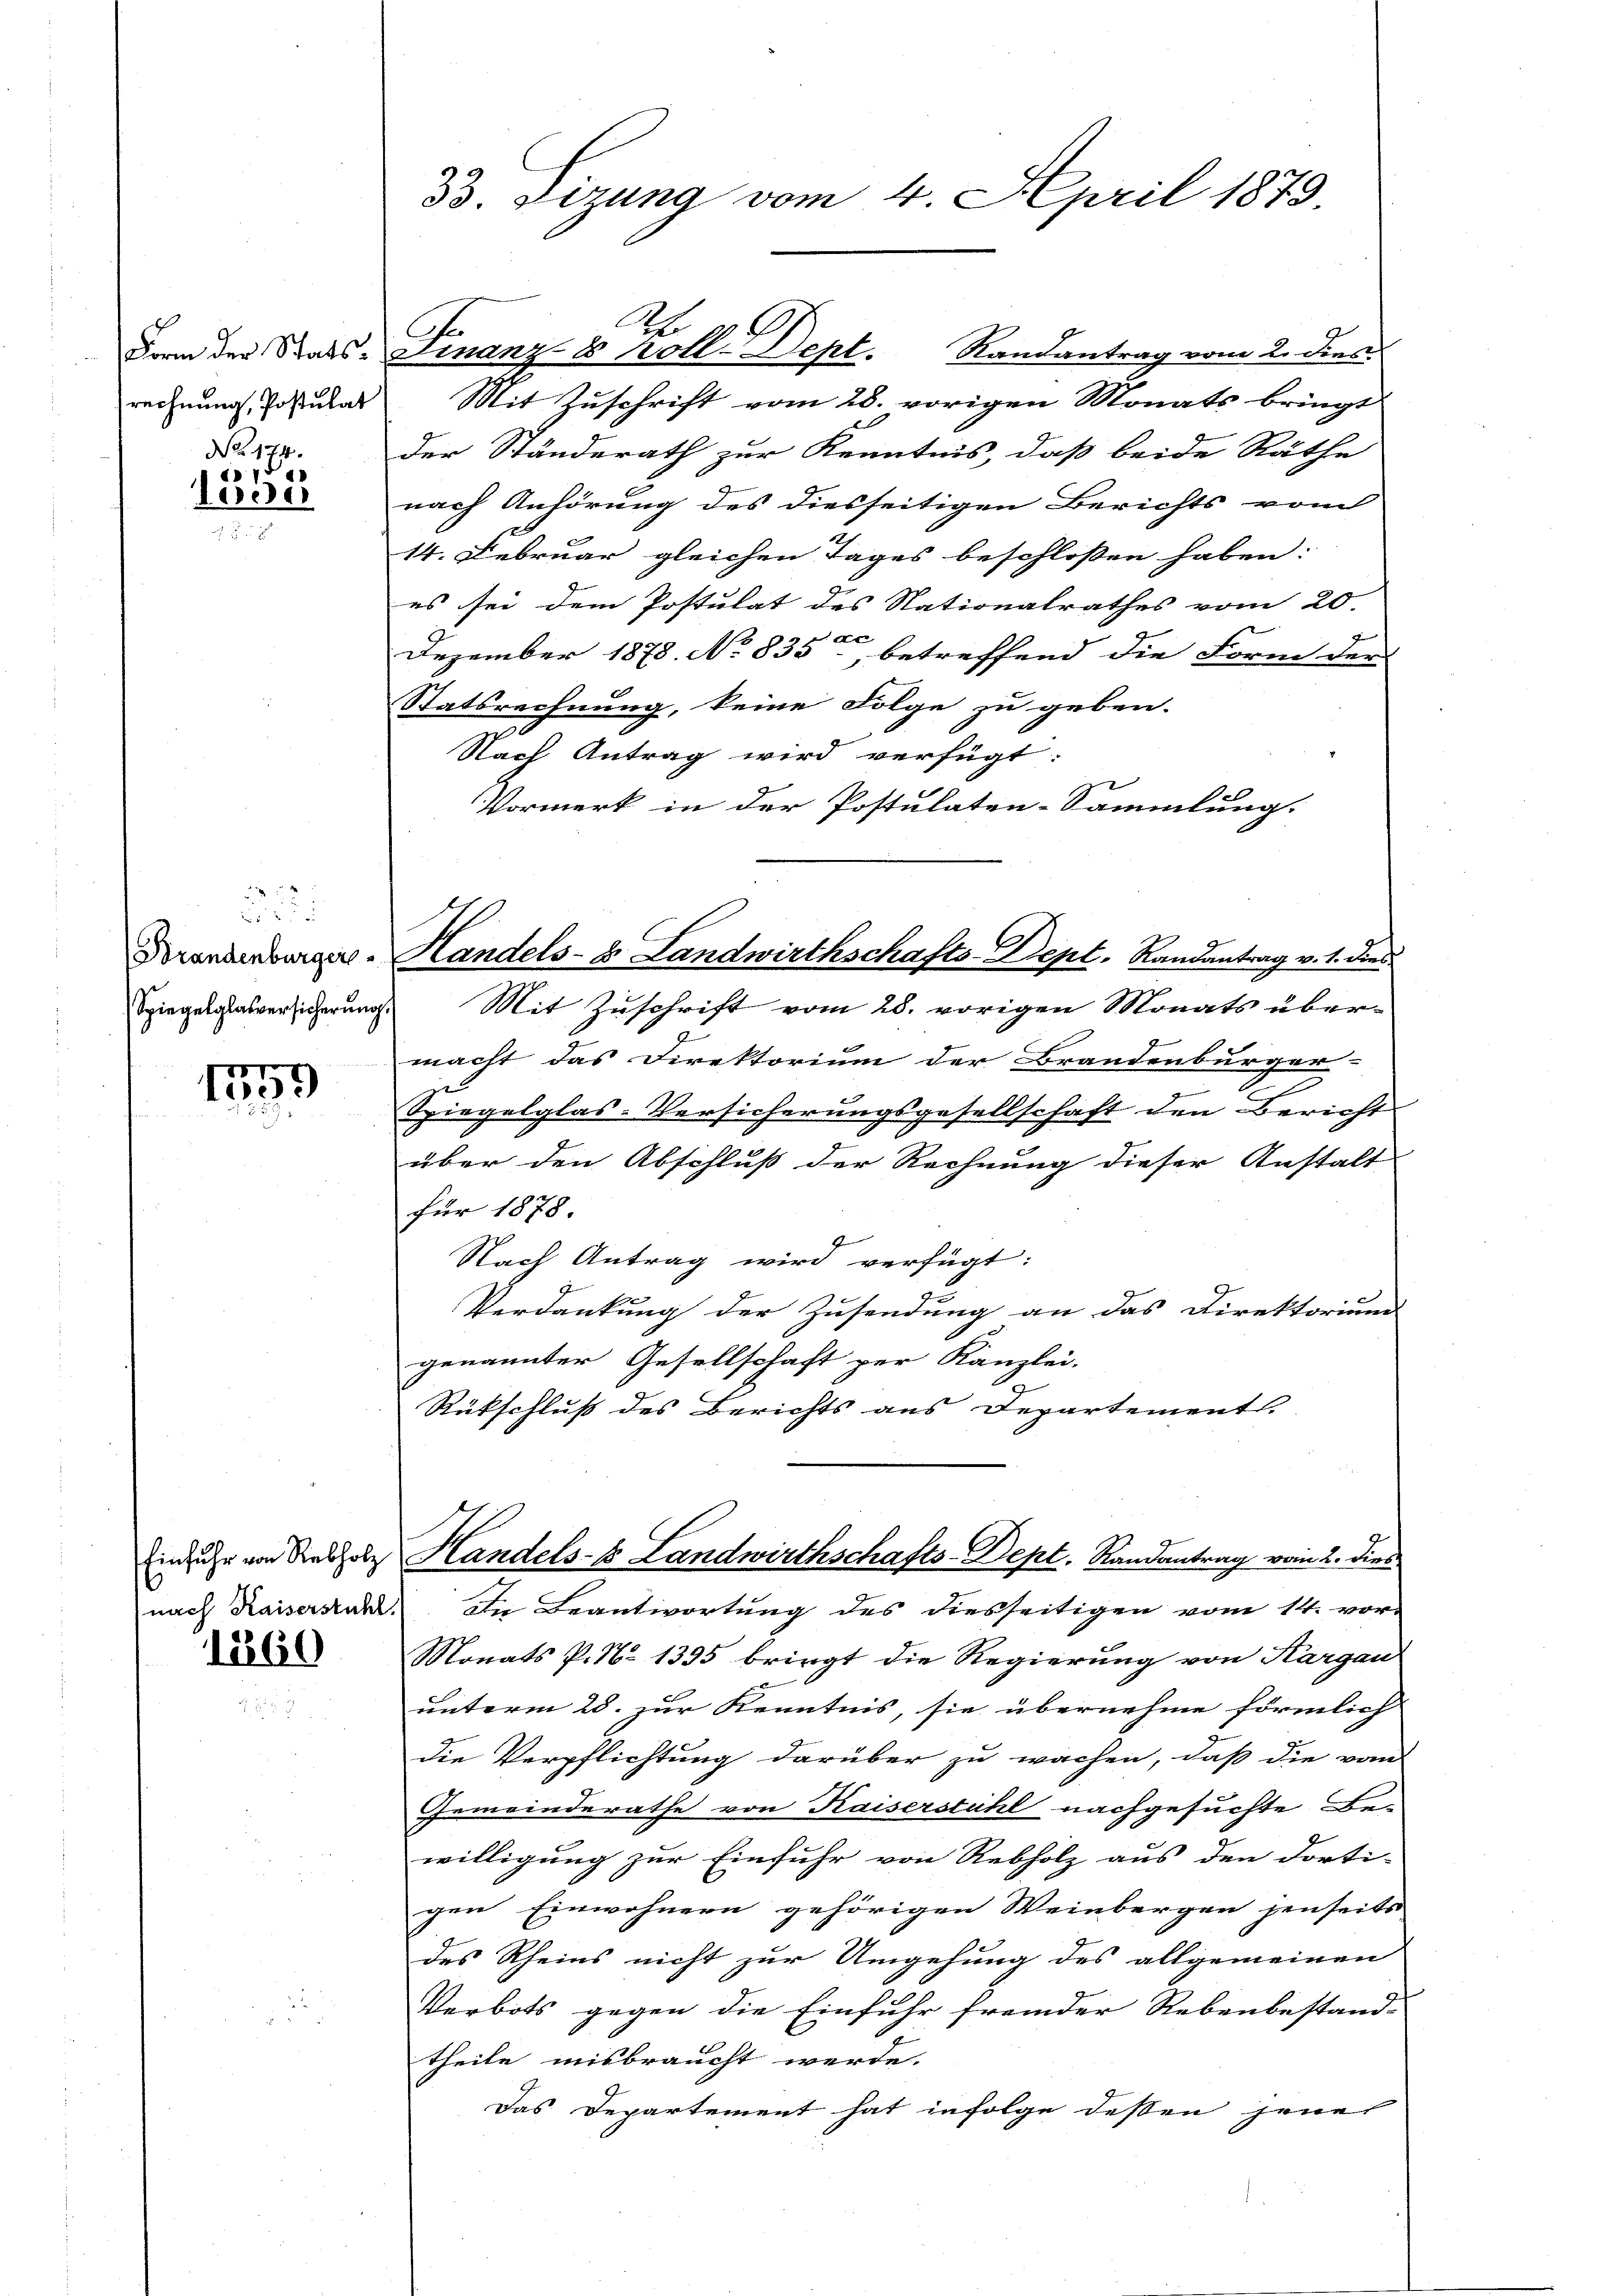
rechnung, Postulat

No. 174.
1352

255
Brandenburger
Spiegelglasversicherung

1759

12260

33. Sizung vom 4. April 1879.

C

Mit Zuschrift vom 28. vorigen Monats bringt
der Ständerath zur Kenntnis, daß beide Räthe
nach Anhörung des diesseitigen Berichts vom
14. Februar gleichen Tages beschloßen haben:
es sei dem Postulat des Nationalrathes vom 20.
Dezember 1878. No 835ten betreffend die Form der
Statsrechnung, keine Folge zu geben.
Nach Antrag wird verfügt:
Vormerk in der Postulaten-Sammlung.
Mit Zuschrift vom 28. vorigen Monats über-
g
macht das Direktorium der Brandenburger-
e
Spiegelglas-Versicherungsgesellschaft den Bericht
über den Abschluß der Rechnung dieser Anstalt
für 1878.
4
Nach Antrag wird verfügt:
Verdankung der Zusendung an das Direktoriums
genannter Gesellschaft per Kanzlei.
Rütschluß des Berichts aus Departement.
Einfuhr von Rebholz Handels-8 Landwirthschafts-Dept. Randantrag vom 2. dies
nach Kaisersteht. Die Beantwortung des diesseitigen vom 14. vor-
Monats P. N. 1395 bringt die Regierung von Kargau
unterm 28. zur Kenntnis, sie übernehme förmlich
die Verpflichtung darüber zu wachen, daß die vom
Gemeinderathe von Kaiserstuhl nachgesuchte Be-
willigung zur Einfuhr von Rebholz aus den dorti-
gen Einwohnern gehörigen Weinbergen jenseits
des Rheins nicht zur Umgehung des allgemeinen
Verbots gegen die Einfuhr fremder Rebenbestand-
theile misbraucht werde.
Das Departement hat infolge dessen jenes

Denn der Stats-Finanz-8 koll. Sept. Randantrag vom 2. dies

Handels- & Landwirthschafts-Dept. Randantrag v. 1. dies